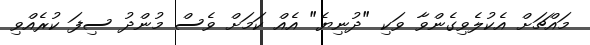
މައްޗަށް އެކުލެވިގެންވާ ވަކި "ދުނިޔެ" އެއް ކަމަށް ވެސް މުންދު ސިފަ ކުރެއްވި